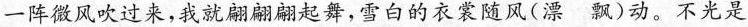
一阵微风吹过来，我就翩翩翩起舞，雪白的衣裳随风(漂飘)动。不光是